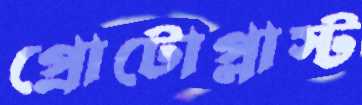
প্রোটোপ্লাস্ট